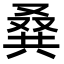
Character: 𠭨